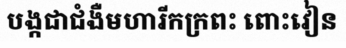
បង្កជាជំងឺមហារីកក្រពះ ពោះវៀន